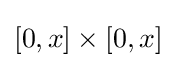
[0,x]\times [0,x]